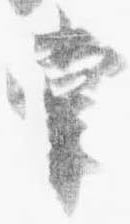
掌